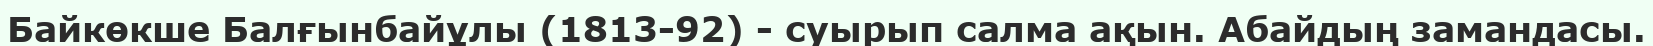
Байкөкше Балғынбайұлы (1813-92) - суырып салма ақын. Абайдың замандасы.